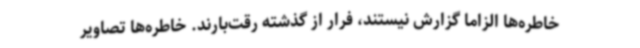
خاطره‌ها الزاما گزارش نیستند، فرار از گذشته رقت‌بارند. خاطره‌ها تصاویر